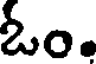
ఓం.